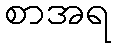
စာအရ